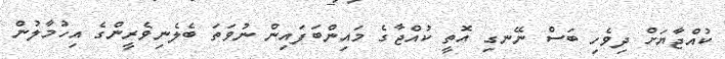
ކުއްޖާޔަށް ދިވެހި ބަސް ނޭނގި އޮތީ ކުއްޖާގެ މައިންބަފައިން ނުވަތަ ބެލެނިވެރީންގެ އިހުމާލުން